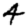
Digit: 4